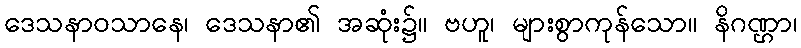
ဒေသနာဝသာနေ၊ ဒေသနာ၏ အဆုံး၌။ ဗဟူ၊ များစွာကုန်သော။ နိဂဏ္ဌာ၊